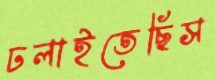
ঢলাইতেছিস